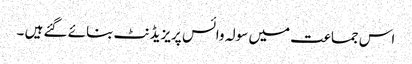
اس جماعت میں سولہ وائس پریزیڈنٹ بنائے گئے ہیں ۔